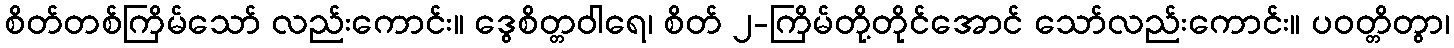
စိတ်တစ်ကြိမ်သော် လည်းကောင်း။ ဒွေစိတ္တဝါရေ၊ စိတ် ၂-ကြိမ်တို့တိုင်အောင် သော်လည်းကောင်း။ ပဝတ္တိတွာ၊